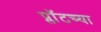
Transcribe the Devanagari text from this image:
प्लॉटच्या